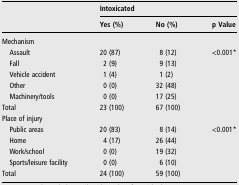
<table><thead><tr><td><b> </b></td><td colspan="3"><b>Intoxicated</b></td></tr><tr><td></td><td><b>Yes (%)</b></td><td><b>No (%)</b></td><td><b>p Value</b></td></tr></thead><tbody><tr><td colspan="4">Mechanism</td></tr><tr><td> Assault</td><td>20 (87)</td><td>8 (12)</td><td rowspan="6">&lt;0.001*</td></tr><tr><td> Fall</td><td>2 (9)</td><td>9 (13)</td></tr><tr><td> Vehicle accident</td><td>1 (4)</td><td>1 (2)</td></tr><tr><td> Other</td><td>0 (0)</td><td>32 (48)</td></tr><tr><td> Machinery/tools</td><td>0 (0)</td><td>17 (25)</td></tr><tr><td>Total</td><td>23 (100)</td><td>67 (100)</td></tr><tr><td colspan="4">Place of injury</td></tr><tr><td> Public areas</td><td>20 (83)</td><td>8 (14)</td><td rowspan="5">&lt;0.001*</td></tr><tr><td> Home</td><td>4 (17)</td><td>26 (44)</td></tr><tr><td> Work/school</td><td>0 (0)</td><td>19 (32)</td></tr><tr><td> Sports/leisure facility</td><td>0 (0)</td><td>6 (10)</td></tr><tr><td>Total</td><td>24 (100)</td><td>59 (100)</td></tr></tbody></table>